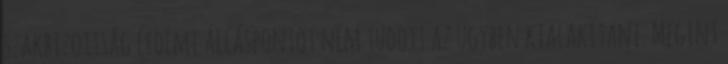
szakbizottság érdemi álláspontot nem tudott az ügyben kialakítani. Megint